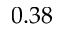
0 . 3 8